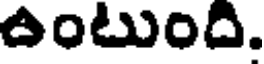
ఉంటుంది.